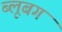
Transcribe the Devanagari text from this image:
ब्लूबग